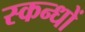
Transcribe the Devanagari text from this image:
स्कन्धों